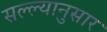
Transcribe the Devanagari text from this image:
सल्ल्‍यानुसार